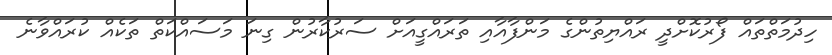
ހިދުމަތްތައް ފޯރުކޮށްދީ ރައްޔިތުންގެ މަންފާއާއި ތަރައްގީއަށް ސަރުކާރުން ގިނަ މަސައްކަތް ތަކެއް ކުރައްވާނެ